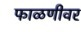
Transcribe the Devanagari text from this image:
फाळणीवर